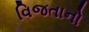
વિજતાનો